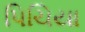
પિચિયા